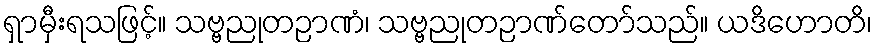
ရှာမှီးရသဖြင့်။ သဗ္ဗညုတဉာဏံ၊ သဗ္ဗညုတဉာဏ်တော်သည်။ ယဒိဟောတိ၊